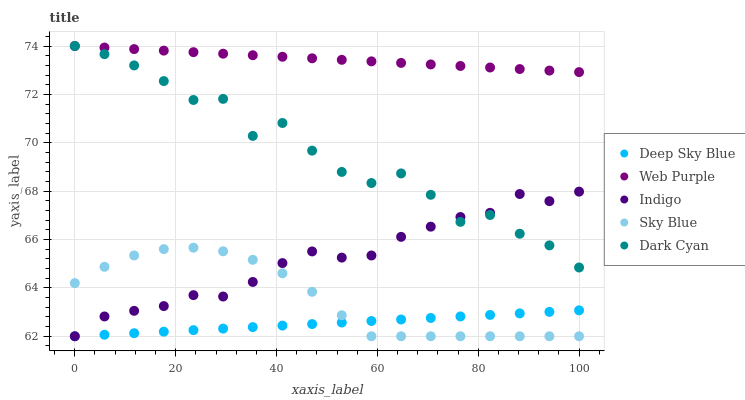
| xaxis_label | Deep Sky Blue | Web Purple | Indigo | Sky Blue | Dark Cyan |
 | --- | --- | --- | --- | --- | --- |
 | 0 | 62 | 74 | 62 | 64.2 | 74 |
 | 5.88 | 62.1 | 73.9 | 62.8 | 64.9 | 73.7 |
 | 11.8 | 62.1 | 73.9 | 63.1 | 65.3 | 73.2 |
 | 17.6 | 62.2 | 73.8 | 63.2 | 65.6 | 72.6 |
 | 23.5 | 62.3 | 73.7 | 63.7 | 65.7 | 71.8 |
 | 29.4 | 62.3 | 73.7 | 63.6 | 65.5 | 71.8 |
 | 35.3 | 62.4 | 73.6 | 64.2 | 65.2 | 70.3 |
 | 41.2 | 62.4 | 73.6 | 65 | 64.6 | 70.8 |
 | 47.1 | 62.5 | 73.5 | 65.5 | 63.8 | 69.7 |
 | 52.9 | 62.6 | 73.4 | 65.3 | 62.9 | 68.8 |
 | 58.8 | 62.6 | 73.4 | 65.3 | 62 | 68.3 |
 | 64.7 | 62.7 | 73.3 | 66.1 | 62 | 68.7 |
 | 70.6 | 62.8 | 73.2 | 66.5 | 62 | 67.8 |
 | 76.5 | 62.8 | 73.2 | 66.9 | 62 | 66.7 |
 | 82.4 | 62.9 | 73.1 | 67.1 | 62 | 67 |
 | 88.2 | 62.9 | 73 | 67.9 | 62 | 66.2 |
 | 94.1 | 63 | 73 | 67.6 | 62 | 65.8 |
 | 100 | 63.1 | 72.9 | 68 | 62 | 64.8 |